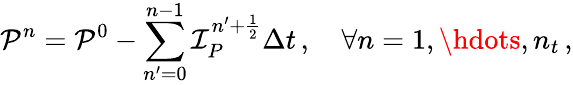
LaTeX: \mathcal P^{n}=\mathcal P^{0}-\sum_{n^{\prime}=0}^{n-1}\mathcal I_{P}^{n^{\prime}+\frac 12}\Delta t\, ,\quad\forall n=1,\hdots,n_{t}\, ,